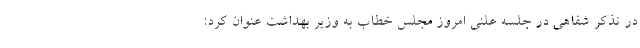
در تذکر شفاهی در جلسه علنی امروز مجلس خطاب به وزیر بهداشت عنوان کرد: